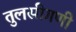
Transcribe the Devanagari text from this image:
तुलसीगणी